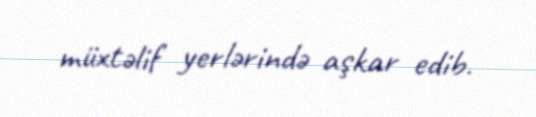
müxtəlif yerlərində aşkar edib.